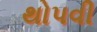
થોપવી